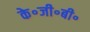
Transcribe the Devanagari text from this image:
के॰जी॰बी॰